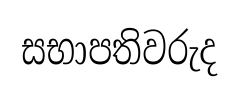
සභාපතිවරුද